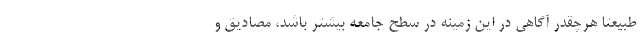
طبیعتا هرچقدر آگاهی در این زمینه در سطح جامعه بیشتر باشد، مصادیق و